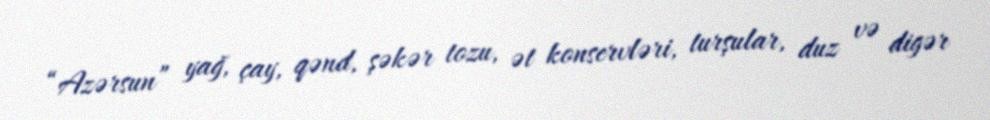
“Azərsun” yağ, çay, qənd, şəkər tozu, ət konservləri, turşular, duz və digər